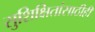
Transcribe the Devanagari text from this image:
सुशिक्षितांसाठीही